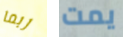
ربما يمت